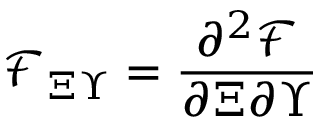
\mathcal { F } _ { \Xi \Upsilon } = \frac { \partial ^ { 2 } \mathcal { F } } { \partial \Xi \partial \Upsilon }